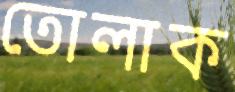
তোলাক